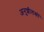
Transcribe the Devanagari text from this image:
अनुशीलकों